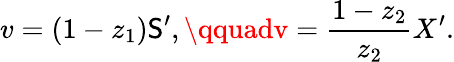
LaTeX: v=(1-z_{1})\mathsf{S}^{\prime},\qquadv={\frac{{1-z_{2}}}{{z_{2}}}}X^{\prime}.